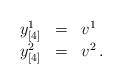
LaTeX: \begin{align*}\begin{array}{ccl}y_{[4]}^{1} & = & v^{1}\\y_{[4]}^{2} & = & v^{2}\,.\end{array}\end{align*}